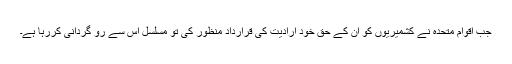
جب اقوام متحدہ نے کشمیریوں کو ان کے حق خود ارادیت کی قرارداد منظور کی تو مسلسل اس سے رو گردانی کررہا ہے۔